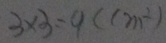
3 \times 3 = 9 ( c m ^ { 2 } )